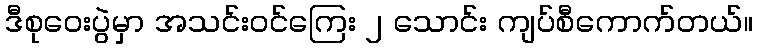
ဒီစုဝေးပွဲမှာ အသင်းဝင်ကြေး ၂ သောင်း ကျပ်စီကောက်တယ်။